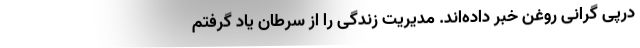
درپی‌ گرانی روغن خبر داده‌اند‌. مدیریت زندگی را از سرطان یاد گرفتم